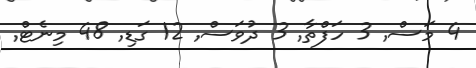
4 މަސް